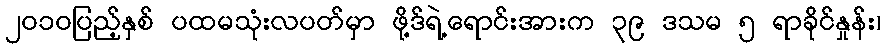
၂၀၁၀ပြည့်နှစ် ပထမသုံးလပတ်မှာ ဖို့ဒ်ရဲ့ရောင်းအားက ၃၉ ဒသမ ၅ ရာခိုင်နှုန်း၊